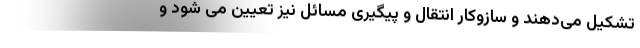
تشکیل می‌دهند و سازوکار انتقال و پیگیری مسائل نیز تعیین می شود و